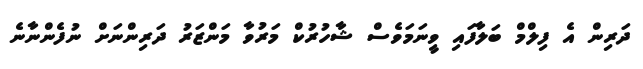
ދަރިން އެ ފިލްމް ބަލާފައި ވީނަމަވެސް ޝާހުރުކް މަރުވާ މަންޒަރު ދަރިންނަށް ނުފެންނާނެ